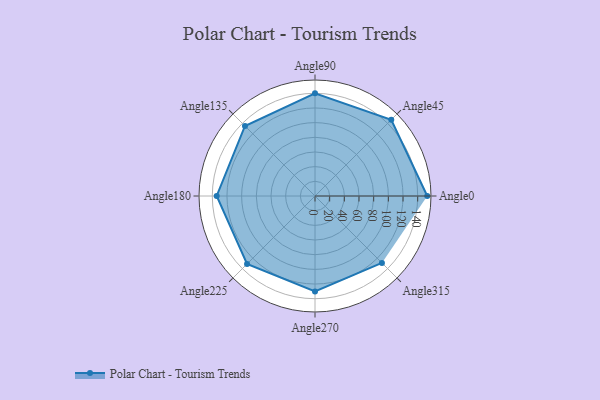
{"axis": {"x": "Angle", "y": "Radius"}, "legend": [""], "data": [{"x": "Angle0", "y": 153.0, "type": ""}, {"x": "Angle45", "y": 147.0, "type": ""}, {"x": "Angle90", "y": 140.0, "type": ""}, {"x": "Angle135", "y": 135.0, "type": ""}, {"x": "Angle180", "y": 134.0, "type": ""}, {"x": "Angle225", "y": 131.0, "type": ""}, {"x": "Angle270", "y": 130.0, "type": ""}, {"x": "Angle315", "y": 129.0, "type": ""}]}